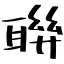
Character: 聨